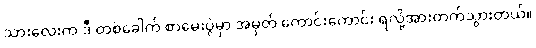
သားလေးက ဒီ တစ်ခေါက် စာမေးပွဲမှာ အမှတ် ကောင်းကောင်း ရလို့အားတက်သွားတယ်။